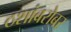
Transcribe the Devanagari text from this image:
ठशांबरोबर